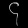
Digit: ၄